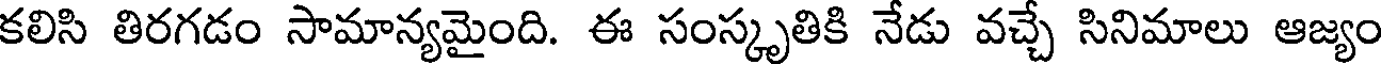
కలిసి తిరగడం సామాన్యమైంది. ఈ సంస్కృతికి నేడు వచ్చే సినిమాలు ఆజ్యం